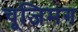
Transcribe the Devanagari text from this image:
चूजिमग